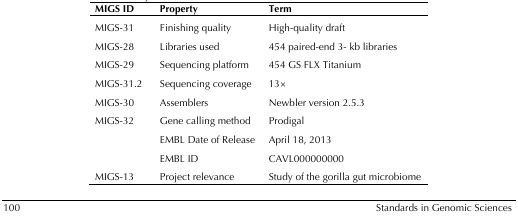
<table><thead><tr><td><b>MIGS ID</b></td><td><b>Property</b></td><td><b>Term</b></td></tr></thead><tbody><tr><td>MIGS-31</td><td>Finishing quality</td><td>High-quality draft</td></tr><tr><td>MIGS-28</td><td>Libraries used</td><td>454 paired-end 3- kb libraries</td></tr><tr><td>MIGS-29</td><td>Sequencing platform</td><td>454 GS FLX Titanium</td></tr><tr><td>MIGS-31.2</td><td>Sequencing coverage</td><td>13×</td></tr><tr><td>MIGS-30</td><td>Assemblers</td><td>Newbler version 2.5.3</td></tr><tr><td>MIGS-32</td><td>Gene calling method</td><td>Prodigal</td></tr><tr><td></td><td>EMBL Date of Release</td><td>April 18, 2013</td></tr><tr><td></td><td>EMBL ID</td><td>CAVL000000000</td></tr><tr><td>MIGS-13</td><td>Project relevance</td><td>Study of the gorilla gut microbiome</td></tr></tbody></table>